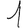
Digit: 1